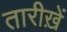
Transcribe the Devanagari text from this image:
तारीख़ें